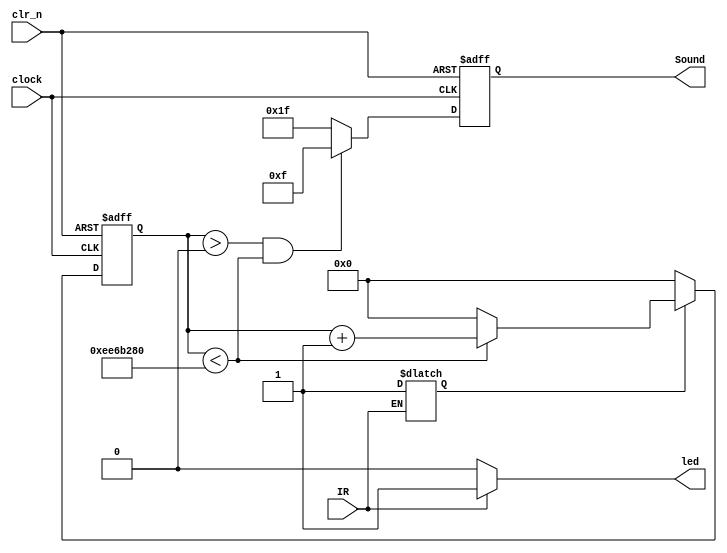
module IR(clock, clr_n,IR,Sound,led);
input clock,clr_n;
input IR;
output reg led;
output reg[4:0] Sound;

reg [27:0]counter_1;
reg flag;
initial 
begin
counter_1=28'd0;
Sound=5'b1_1111;
end
always@(IR)begin
if(IR)begin
led<=1;
flag<=1;
end
else
led<=0;
end
//always@(posedge clock or negedge clr_n)
//begin
//	if(!clr_n)
//	;
//	else
//	begin
//		if(counter_distance<22'd300_0000)
//			counter_distance<=counter_distance+1'b1;
//		else
//			counter_distance<=22'd0;
//		end
//end

//always@(counter_distance)
//begin
//	if(counter_distance<22'd500)
//		trig<='b1;
//	else
//		trig<='b0;
//end

//always@(posedge clock)
//begin
//	if(echo=='b1)
//		counter_echo<=counter_echo+1;
//	else if(counter_distance==22'd300_0000)
//	begin
//		counter_echo<=0;
//	end
//	else if(counter_echo>0)
//			if(counter_echo*34<3000000)
//				begin
//				out_dis<='b1;
//				flag<=1;
//				end
//	else
//		out_dis<='b0;
//end
		


always@(posedge clock or negedge clr_n)
begin
if(~clr_n)
counter_1<='d0;
else if(flag)
	if(counter_1<28'd2_5000_0000)
		counter_1<=counter_1+'b1;
	else
		counter_1<=28'd0;
else
	counter_1<='d0;
end

always@(posedge clock or negedge clr_n)
begin
if(~clr_n)
begin Sound<=5'b1_1111;end
else if(counter_1>28'd0 && counter_1<28'd2_5000_0000)begin
Sound<=5'b0_1111;end
else
Sound<=5'b1_1111;

end

endmodule